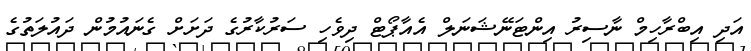
އަދި އިބްރާހިމް ނާސިރު އިންޓަނޭޝަނަލް އެއާޕޯޓް ދިވެހި ސަރުކާރުގެ ދަށަށް ގެނައުމުން ދައުލަތުގެ